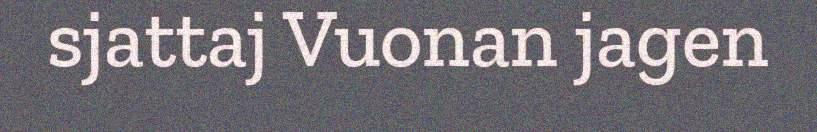
sjattaj Vuonan jagen